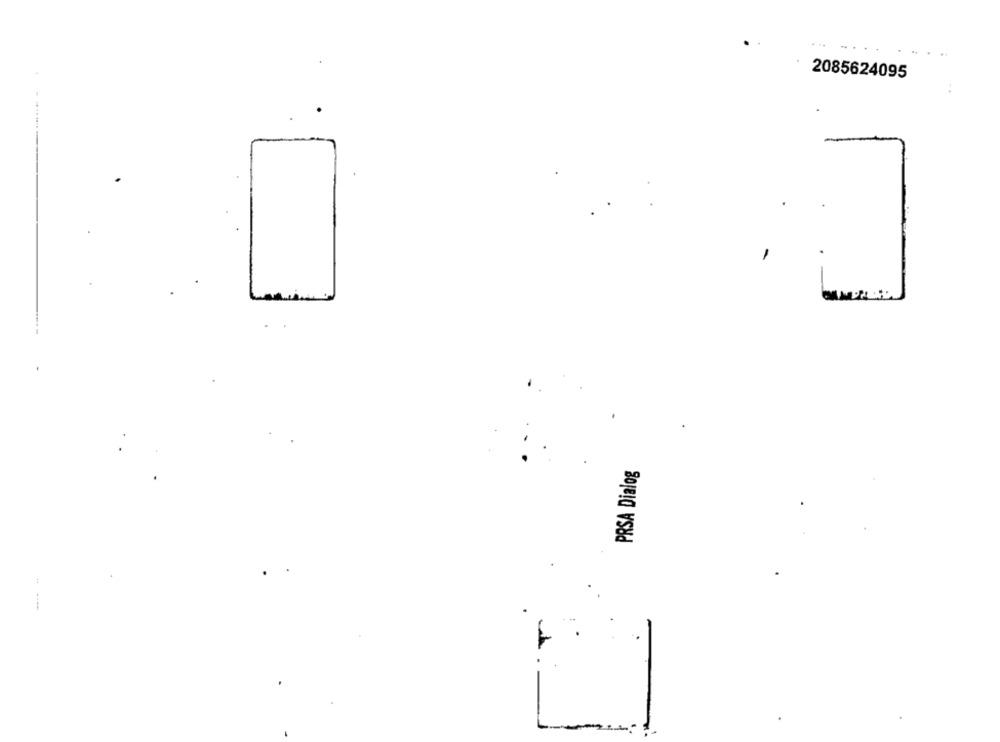
2085624095
PRSA Dialog